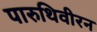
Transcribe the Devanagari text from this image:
पारुथिवीरन